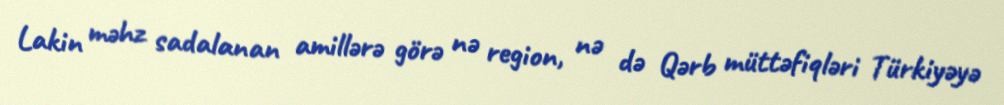
Lakin məhz sadalanan amillərə görə nə region, nə də Qərb müttəfiqləri Türkiyəyə